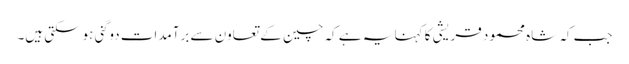
جب کہ شاہ محمود قریشی کا کہنا یہ ہے کہ چین کے تعاون سے برآمدات دوگنی ہوسکتی ہیں۔